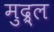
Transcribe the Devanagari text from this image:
मुद्र्ल